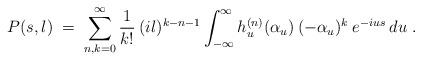
LaTeX: \begin{align*}P(s,l) \;=\; \sum_{n,k=0}^\infty \frac{1}{k!} \:(il)^{k-n-1} \int_{-\infty}^\infty h_u^{(n)}(\alpha_u) \:(-\alpha_u)^k \: e^{-ius} \:du \; . \end{align*}